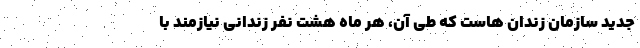
جدید سازمان زندان هاست که طی آن، هر ماه هشت نفر زندانی نیازمند با